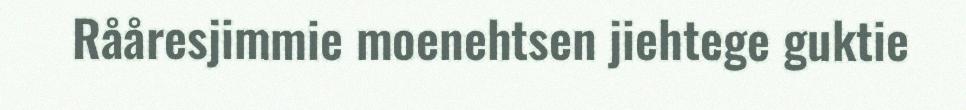
Rååresjimmie moenehtsen jiehtege guktie